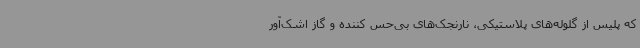
که پلیس از گلوله‌های پلاستیکی، نارنجک‌های بی‌حس کننده و گاز اشک‌آور